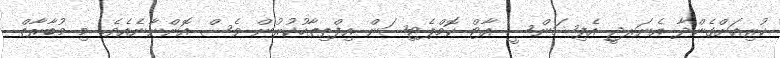
ކުރިއަށްގެންދާ އެނަރޖީ އެފިޝަންސީ އާޓް ކޮމްޕެޓިޝަން އިފްތިތާހުކުރުން ވެސް އޮންނާނެއެވެ. މި މުބާރާތް